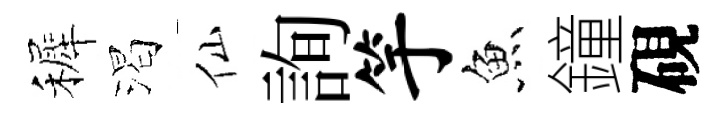
裤渴仙詢竽魚鐘硯